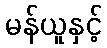
မန်ယူနှင့်